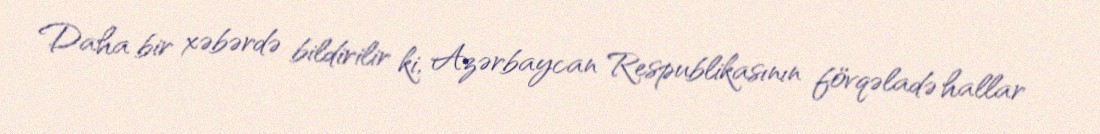
Daha bir xəbərdə bildirilir ki, Azərbaycan Respublikasının fövqəladə hallar